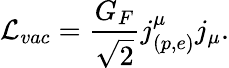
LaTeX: {\cal L}_{vac}=\frac{G_{F}}{\sqrt{2}}j_{\left(p,e\right)}^{\mu}j_{\mu}.